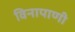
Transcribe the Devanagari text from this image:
विनापाणी